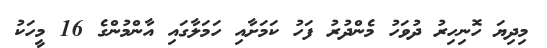
މިދިޔަ ހޮނިހިރު ދުވަހު މެންދުރު ފަހު ކަމަށާއި ހަމަލާގައި އާންމުންގެ 16 މީހަކު